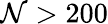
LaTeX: \mathcal{N}>200